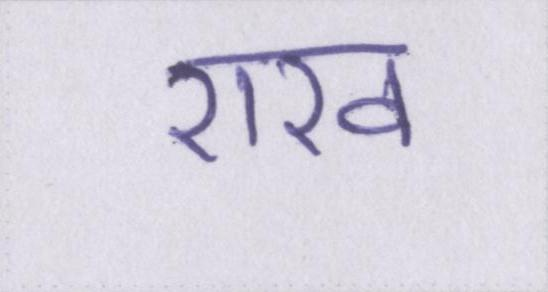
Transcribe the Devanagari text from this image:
राख